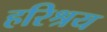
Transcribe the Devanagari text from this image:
हरिश्रय